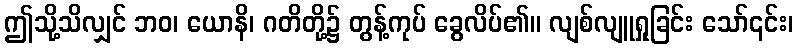
ဤသို့သိလျှင် ဘဝ၊ ယောနိ၊ ဂတိတို့၌ တွန့်ကုပ် ခွေလိပ်၏။ လျစ်လျူရှုခြင်း သော်၎င်း၊